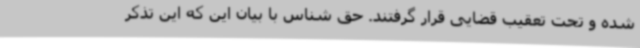
شده و تحت تعقیب قضایی قرار گرفتند. حق شناس با بیان این که این تذکر